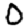
Digit: 0